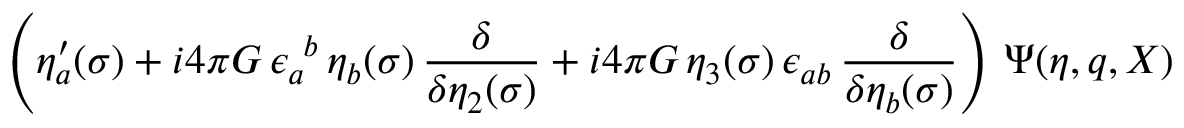
\left( \eta _ { a } ^ { \prime } ( \sigma ) + i 4 \pi G \, \epsilon _ { a } ^ { ~ b } \, \eta _ { b } ( \sigma ) \, { \frac { \delta } { \delta \eta _ { 2 } ( \sigma ) } } + i 4 \pi G \, \eta _ { 3 } ( \sigma ) \, \epsilon _ { a b } \, { \frac { \delta } { \delta \eta _ { b } ( \sigma ) } } \right) \, \Psi ( \eta , q , X ) \hspace * { \fill }